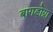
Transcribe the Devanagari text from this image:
बागडोग्रा